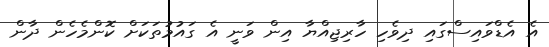
އެ އެޑްވައިސްގައި ދިވެހި ހާރިޖިއްޔާ އިން ވަނީ އެ ގައުމުތަކަށް ކޮންމެހެން ދާން